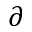
\partial